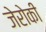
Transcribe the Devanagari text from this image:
जेरोकी